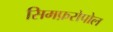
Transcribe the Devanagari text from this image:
सिमफ़रोपोल